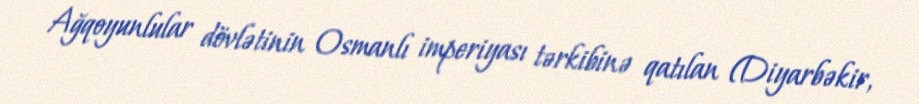
Ağqoyunlular dövlətinin Osmanlı imperiyası tərkibinə qatılan (Diyarbəkir,